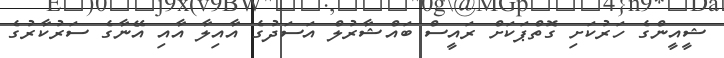
ޝީއީންގެ ހަރުކަށި ގޮތްޕަކަށް ރައީސް ބައްޝާރުލް އަސަދުގެ އާއިލާ އާއި އޭނާގެ ސަރުކާރުގެ